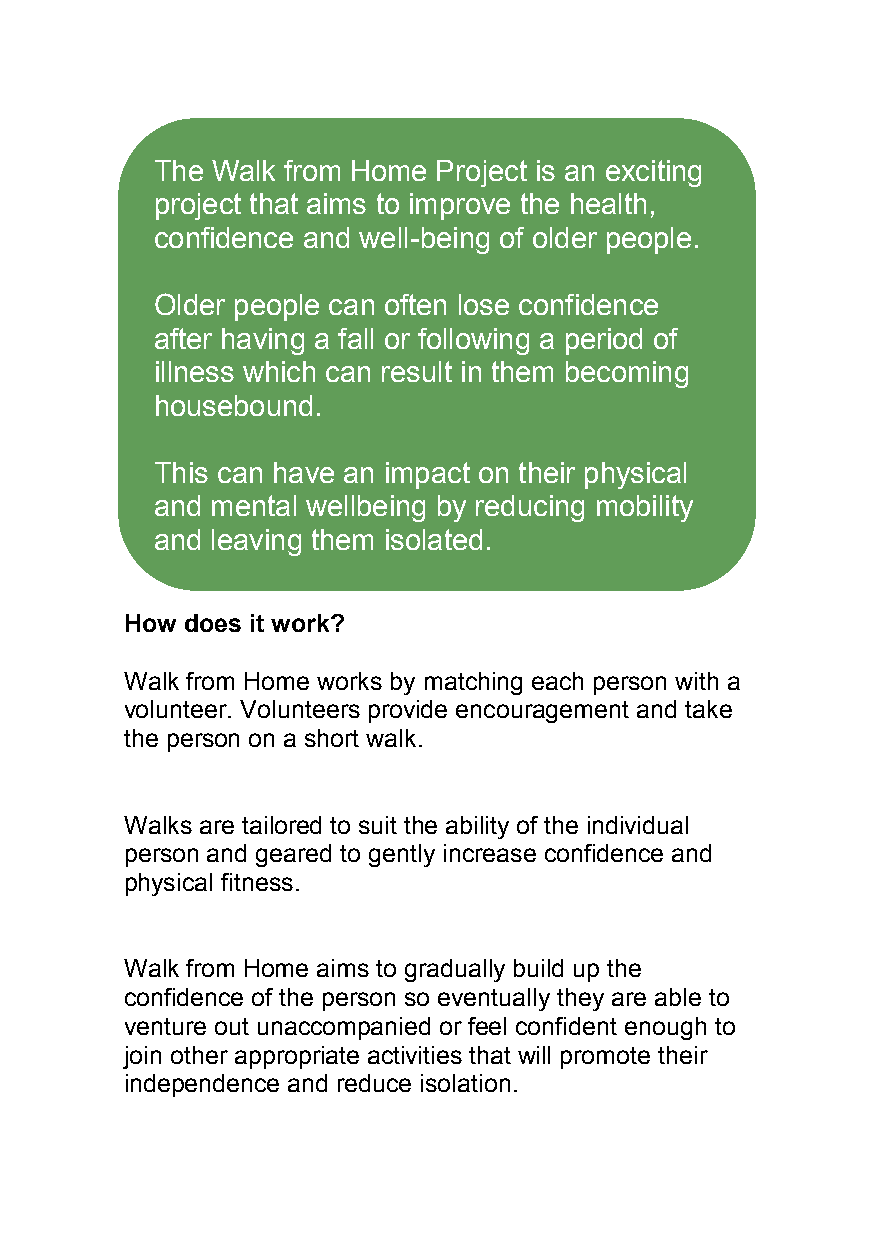
The Walk from Home Project is an exciting
 project that aims to improve the health,
 confidence and well-being of older people.
 Older people can often lose confidence
 after having a fall or following a period of
 illness which can result in them becoming
 housebound.
 This can have an impact on their physical
 and mental wellbeing by reducing mobility
 and leaving them isolated.
 How does it work?
 Walk from Home works by matching each person with a
 volunteer. Volunteers provide encouragement and take
 the person on a short walk.
 Walks are tailored to suit the ability of the individual
 person and geared to gently increase confidence and
 physical fitness.
 Walk from Home aims to gradually build up the
 confidence of the person so eventually they are able to
 venture out unaccompanied or feel confident enough to
 join other appropriate activities that will promote their
 independence and reduce isolation.